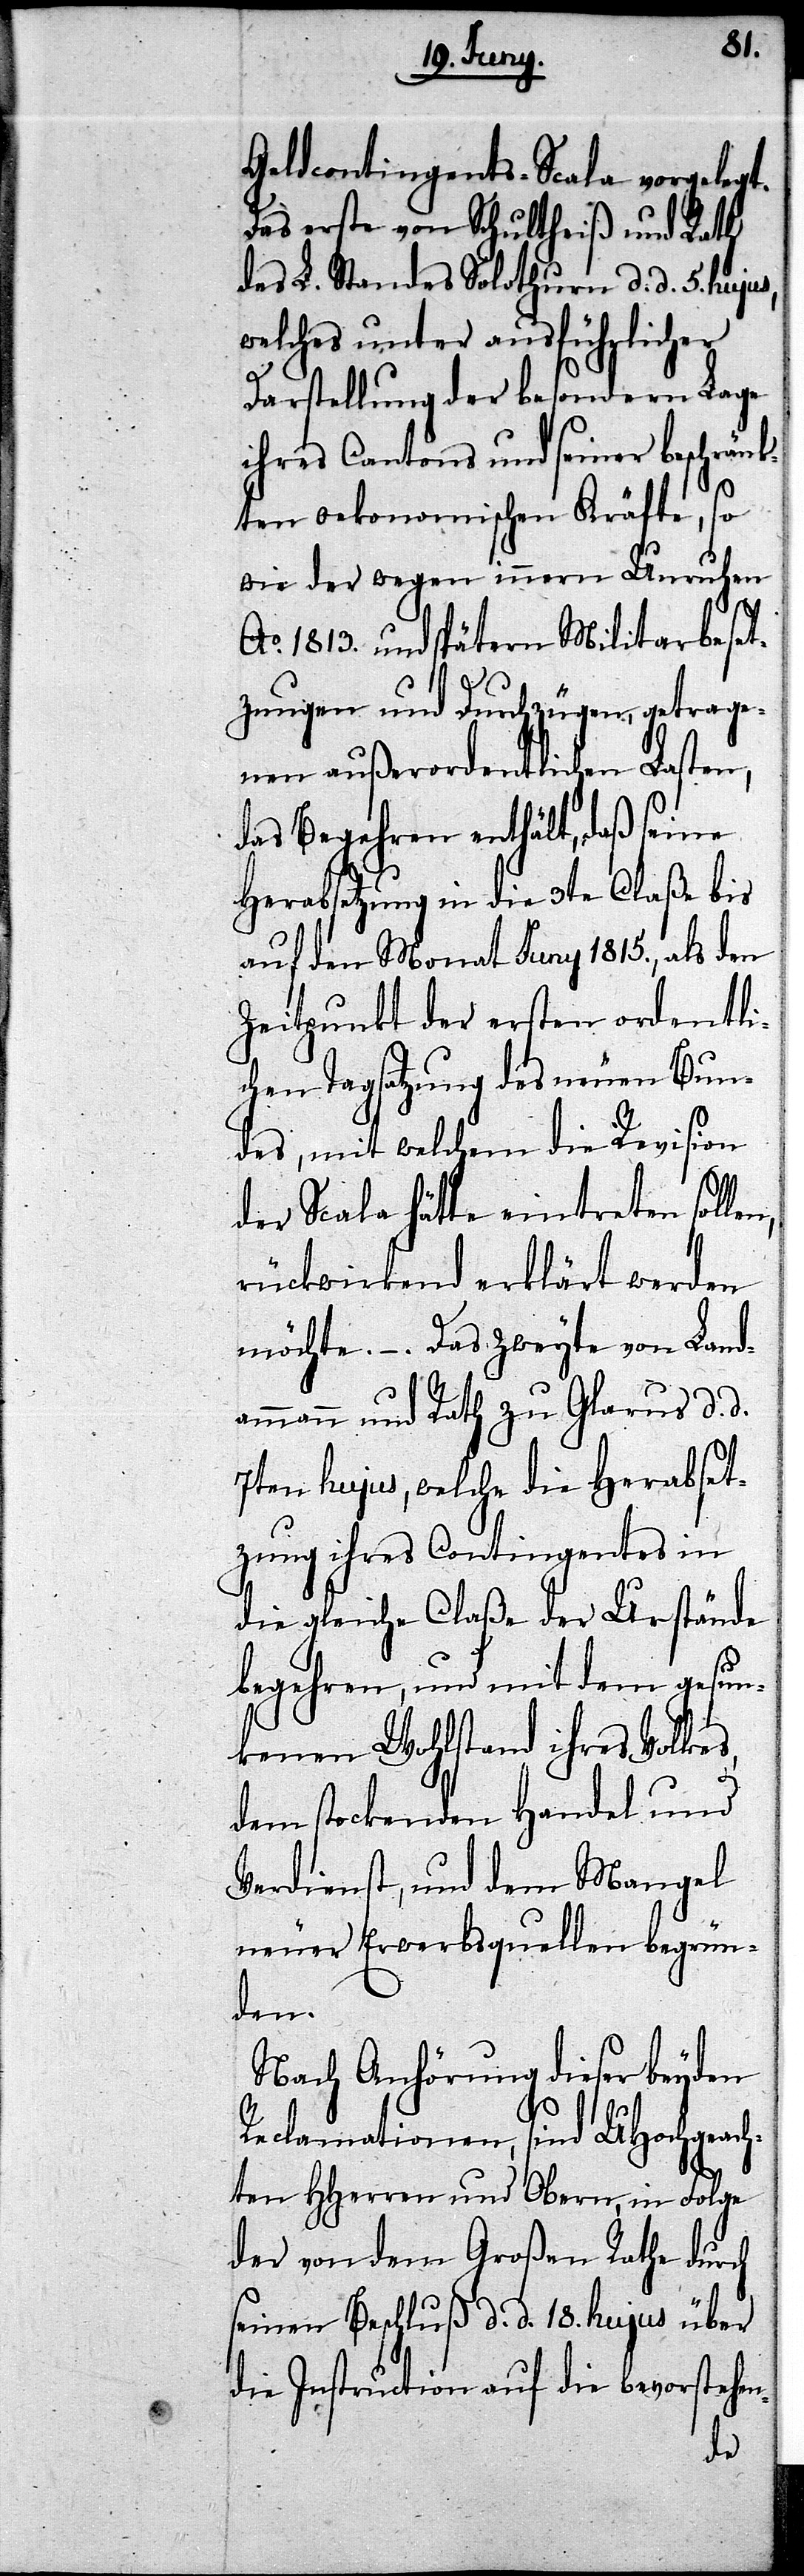
Geldcontigents-Scala vorgelegt.
Das erste von Schultheiß und Rath
des Standes Solothurn d. d. 5. hujus,
welches unter ausführlicher
Darstellung der besondern Lage
ihres Cantons und seiner beschränk¬
ten oekonomischen Kräfte, so
wie der wegen innern Unruhen
Ao. 1813. und spätern Militarbeset¬
zungen und Durchzügen, getrage¬
nen außerordentlichen Lasten,
das Begehren enthält, daß seine
Herabsetzung in die 3te Claße bis
auf den Monath Juny 1815., als den
Zeitpunkt der ersten ordentli¬
chen Tagsatzung des neuen Bun¬
des, mit welchem die Revision
der Scala hätte eintreten sollen,
rückwirkend erklärt werden
möchte. –. Das Zweyte von Land¬
ammann und Rath zu Glarus d. d.
7ten hujus, welche die Herabset¬
zung ihres Contigentes in
die gleiche Claße der Urstände
begehren, und mit dem gesun¬
kenen Wohlstand ihres Volkes,
dem stockenden Handel und
Verdienst, und dem Mangel
neuer Erwerbsquellen begrün¬
den.
Nach Anhörung dieser beyden
Reclamationen, sind UHochgeach¬
ten HHerren und Obern, in Folge
der von dem Großen Rathe durch
seinen Beschluß d. d. 18. hujus über
die Instruction auf die bevorstehen-